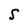
Character: S